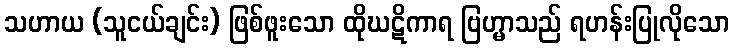
သဟာယ (သူငယ်ချင်း) ဖြစ်ဖူးသော ထိုဃဋိကာရ ဗြဟ္မာသည် ရဟန်းပြုလိုသော